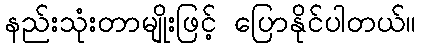
နည်းသုံးတာမျိုးဖြင့် ပြောနိုင်ပါတယ်။